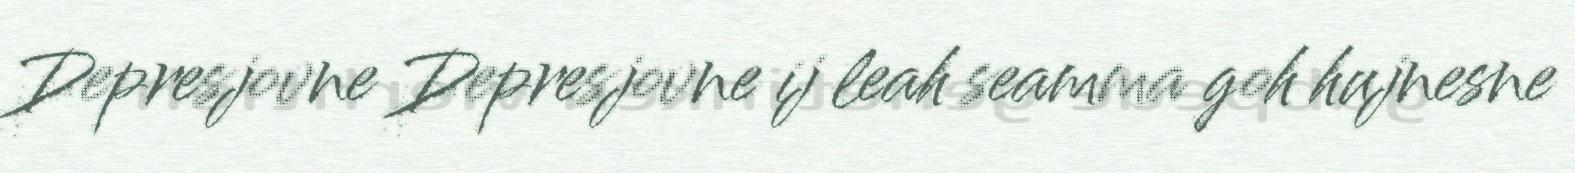
Depresjovne Depresjovne ij leah seamma goh hujnesne